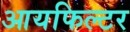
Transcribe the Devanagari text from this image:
आयफिल्टर